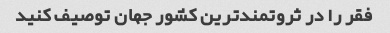
فقر را در ثروتمندترین کشور جهان توصیف کنید